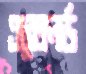
এক্সেলর্ড